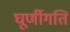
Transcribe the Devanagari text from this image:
घूर्णीगति